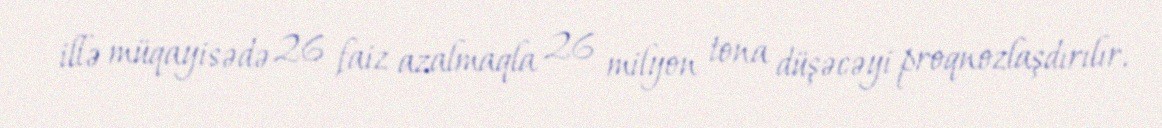
illə müqayisədə 26 faiz azalmaqla 26 milyon tona düşəcəyi proqnozlaşdırılır.